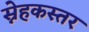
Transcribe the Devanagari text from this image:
स्नेहकस्तर